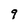
Character: 9